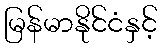
မြန်မာနိုင်ငံနှင့်